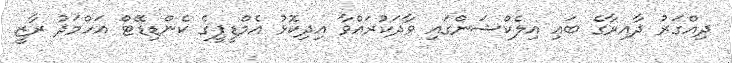
ދިއްގަރު ދާއިރާގެ ބައި އިލެކްޝަންގައި ވާދަކުރައްވާ އިދިކޮޅު އެމްޑީޕީގެ ކެންޑިޑޭޓް އަހްމަދު ރާޒީ